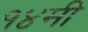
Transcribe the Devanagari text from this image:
१४मी